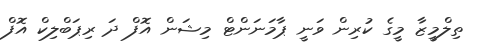
ތިލްމީޒާ މީގެ ކުރިން ވަނީ ޕާމަނަންޓް މިޝަން އޮފް ދަ ރިޕަބްލިކް އޮފް